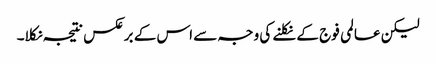
لیکن عالمی فوج کے نکلنے کی وجہ سے اس کے برعکس نتیجہ نکلا۔